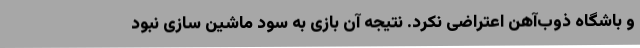
و باشگاه ذوب‌آهن اعتراضی نکرد. نتیجه آن بازی به سود ماشین سازی نبود